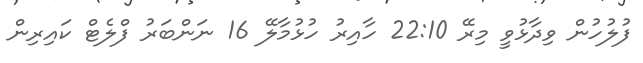
ފުލުހުން ވިދާޅުވީ މިރޭ 22:10 ހާއިރު ހުޅުމާލޭ 16 ނަންބަރު ފްލެޓް ކައިރިން